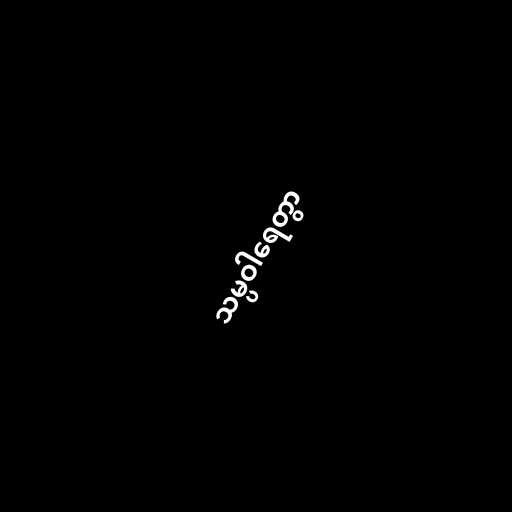
သမ္ပဝါရေတွာ